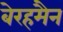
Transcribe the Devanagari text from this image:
बेरहमैन